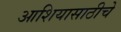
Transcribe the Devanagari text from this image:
आशियासाठीचे